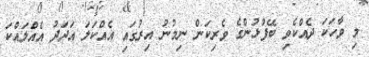
މި ވާހަކަ ދެއްކެވި ބޭފުޅުންގެ ވެރިކަން ނިމުނު އިރުގައި އެއްކަލަ އަދަދު އެއްލައްކަ